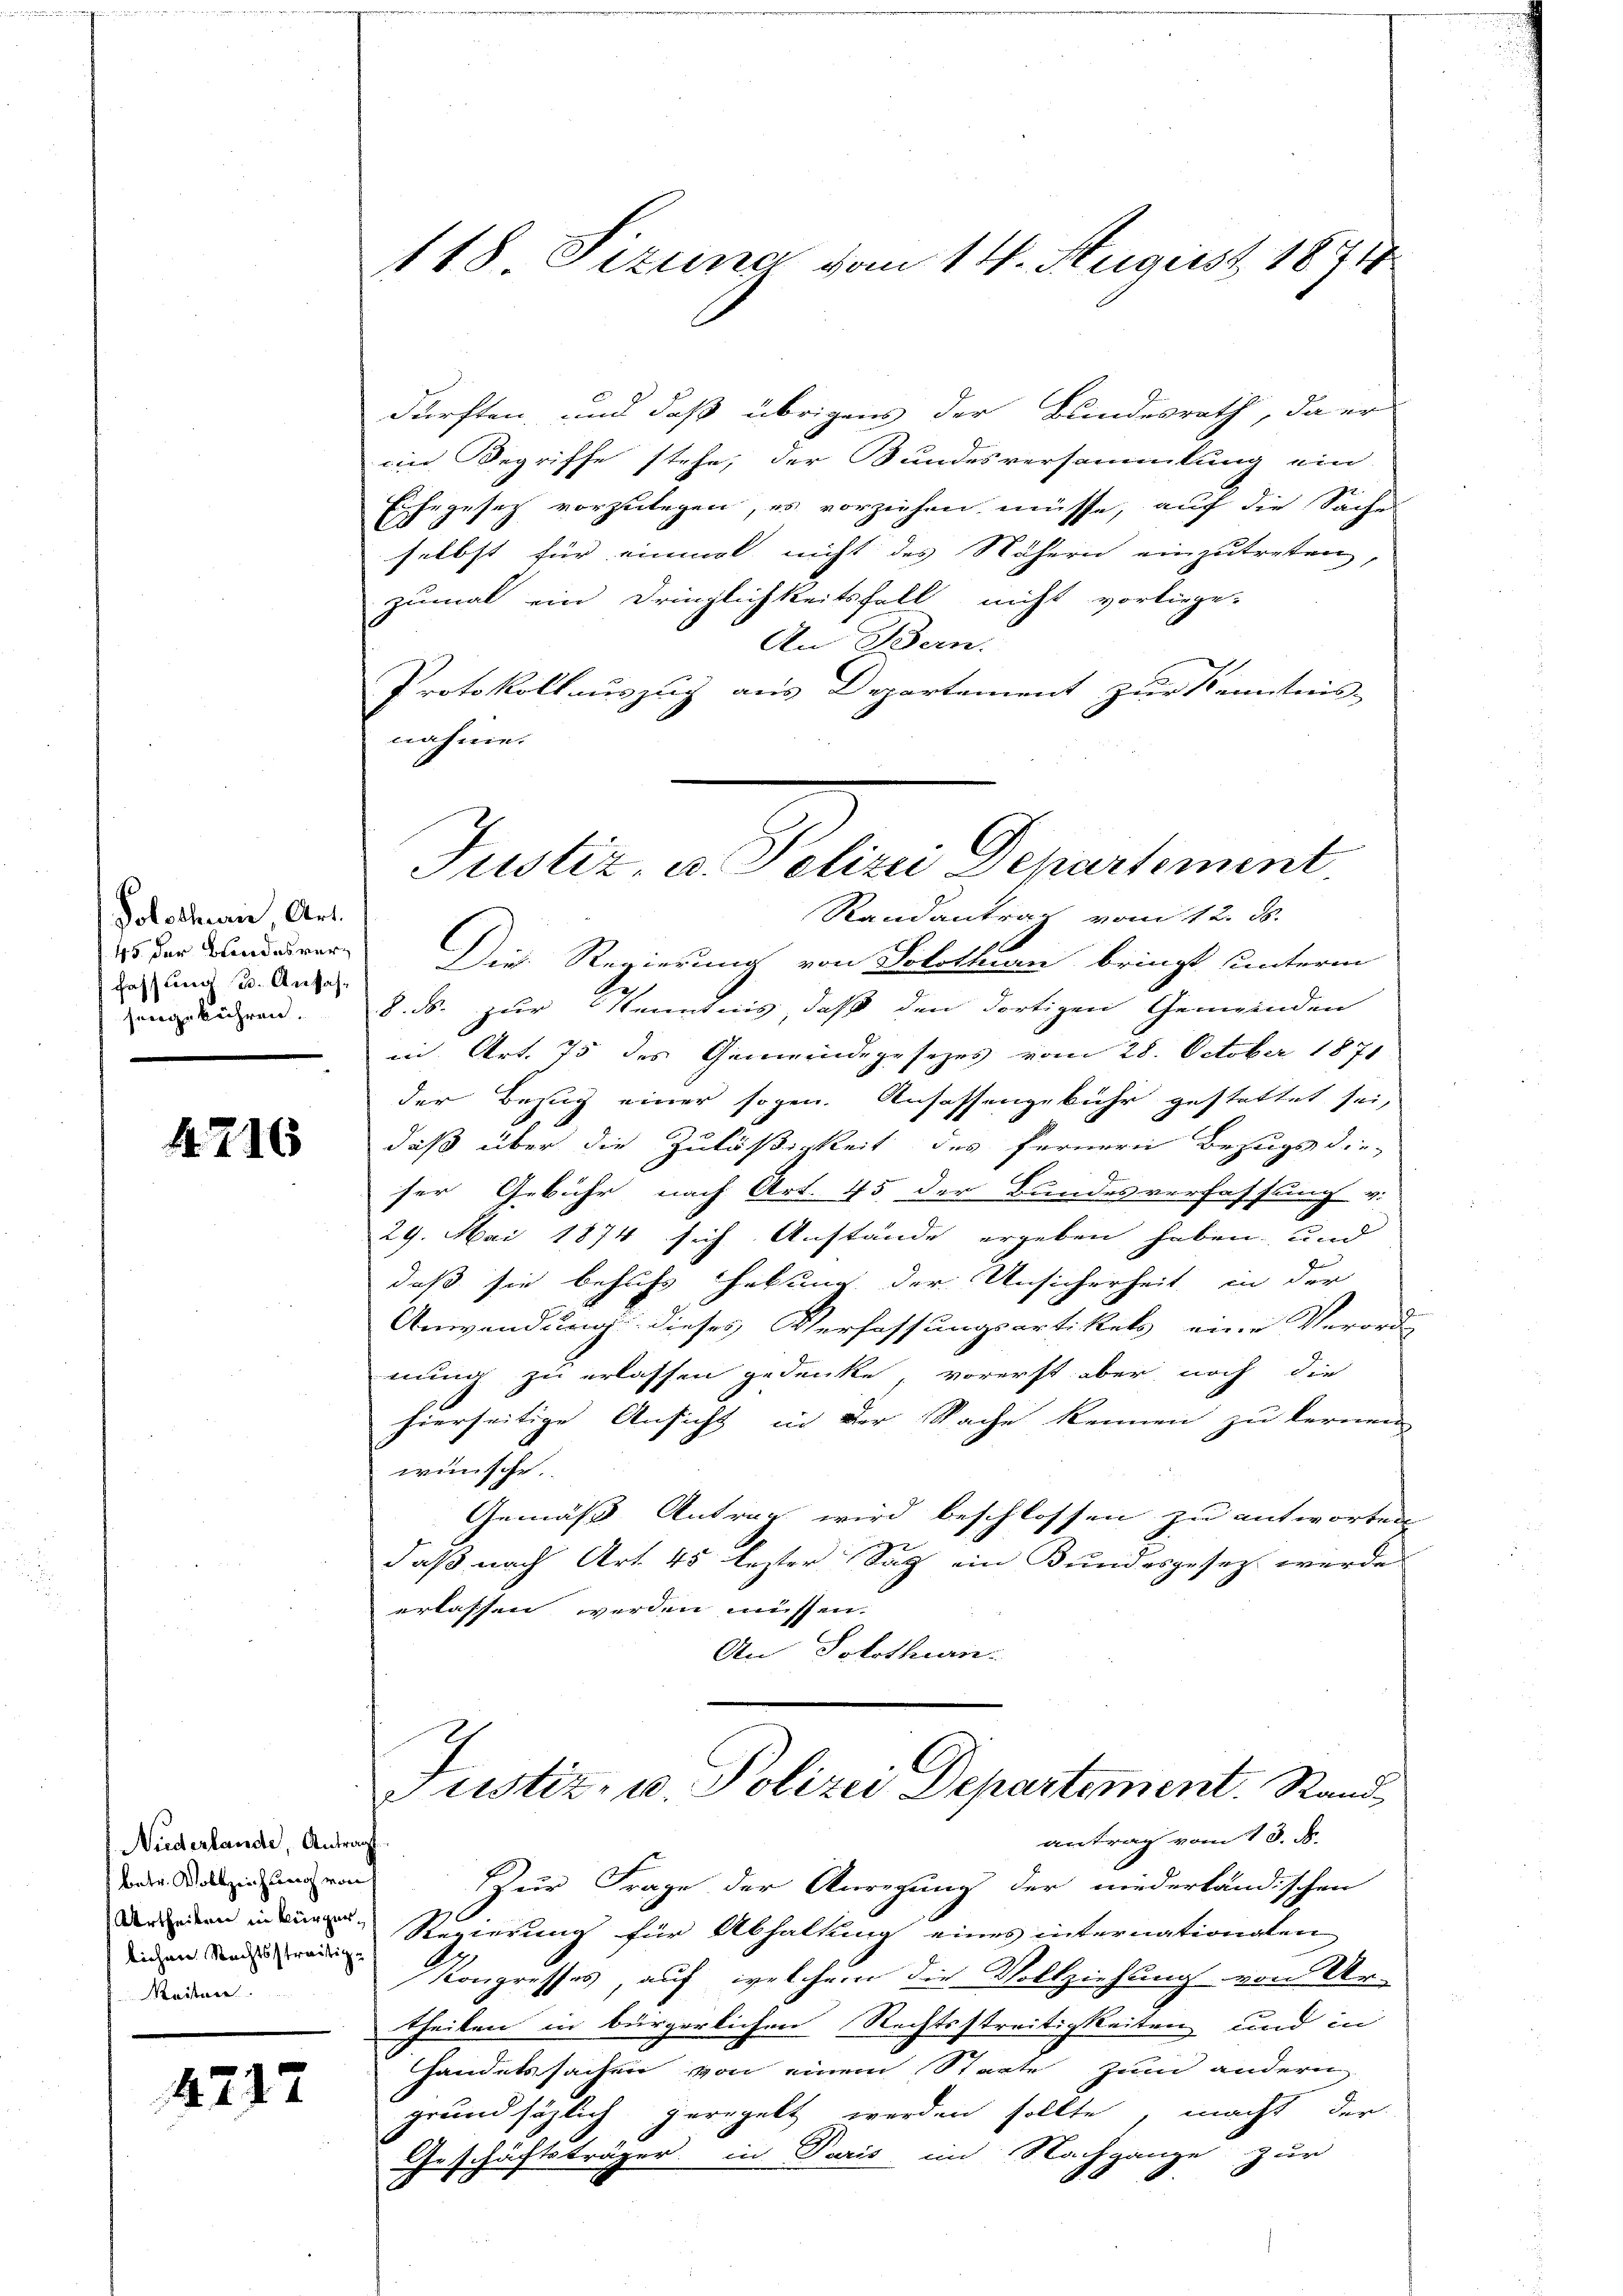
Solothurn, Art.
45 der Bundesver¬
Fassung u. Anfahsengebühren.

4216

Niederlande, Antragt
betr. Vollzeichung von
lichen Rechtsstreitige
Meisten

4217

118. Fizuna vom 14. August 1871

dürften, und daß übrigens der Bundesrath, da er
eim Begriffe stehe, der Sundesversammlung ein-
Eihegesetz vorzulegen, es vorziehen müsse, auf die Sache
selbst für einmal nicht des Nähern einzutreten,
zumal ein Dringlichkeitsfall nicht vorliege.
An Bern.
Protokollauszug aus Departement zur Kenntnis-
nahme.
Die Regierung von Solothurn bringt unterm
e
8. ds. zur Kenntnis, daß den dortigen Gemeinden
in Art. 75 des Gemeindegesezes vom 28. October 1871.
der Bezug einer sogen. Ansassengebühr gestattet sei,
daß über die Zuläßigkeit des fernern Bezugs die
ser Gebühr nach Art. 45 der Bundesverfassung v.
29. Mai 1874 sich Anstände ergeben haben, und
daß sie behufs Hebung der Unsicherheit in der
Anwendung dieses Verfassungsartikels eine Verorde
nung zu erlassen gedenke, vorerst aber noch die
hierseitige Ansicht in der Sache kennen zu fernen
wünsche.
Gemäß Antrag wird beschlossen zu antworten
daß nach Art. 45 lezter Sag ein Bundesgesezt werde
erlassen werden müssen.
An Solothurn.
ustiz, u. Polizei Departement. Stand
antrag vom 13. d.
Zur Frage der Anregung der niederländischen
  Regierung für Abhaltung eines internationalen
Kongresses, auf welchem die Vollziehung von Ur-
theilen in bürgerlichen Rechtsstreitigkeiten und in
Handelssachen von einem Staate zum andern
grund säzlich geregelt werden sollte, macht der
Geschäftsträger in Paris im Nachgange zur

Justiz, in Polizei Departement,
Randantrag vom 12. ds.